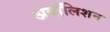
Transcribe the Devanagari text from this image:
अबॉलिशन